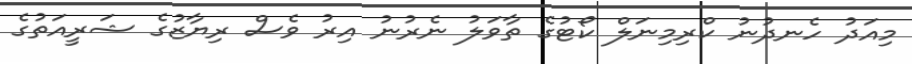
މިއަދު ހެނދުނު ކްރިމިނަލް ކޯޓުގެ ތާވަލު ނެރުނު އިރު ވެސް ރިޔާޒުގެ ޝަރީއަތުގެ